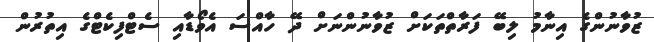
ޒުވާނުންގެ އިނާމު ލިބޭ ފަރާތްތަކަށް ޒުވާނުންނަށް ދޭ ހާއްސަ އެވޯޑާއި ސެޓްފިކެޓްގެ އިތުރުން